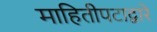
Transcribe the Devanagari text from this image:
माहितीपटाद्वारे